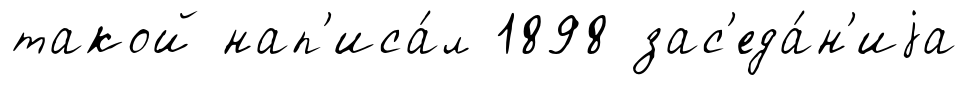
такой нап'иса́л 1898 зас'еда́н'иjа